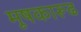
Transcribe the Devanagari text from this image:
मूषकारूढ